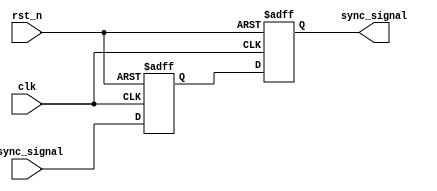
module dual_ff_synchronizer (
    input wire async_signal,  // Input signal from asynchronous clock domain
    input wire clk,           // Clock signal of the target clock domain
    input wire rst_n,         // Asynchronous active-low reset
    output reg sync_signal     // Synchronized output signal
);

// Internal signals
reg sync_signal1;  // Output of the first flip-flop

// First flip-flop
always @(posedge clk or negedge rst_n) begin
    if (!rst_n) begin
        sync_signal1 <= 1'b0;  // Reset FF1 output
    end else begin
        sync_signal1 <= async_signal;  // Sample async_signal
    end
end

// Second flip-flop
always @(posedge clk or negedge rst_n) begin
    if (!rst_n) begin
        sync_signal <= 1'b0;  // Reset FF2 output
    end else begin
        sync_signal <= sync_signal1;  // Stabilize the output
    end
end

endmodule